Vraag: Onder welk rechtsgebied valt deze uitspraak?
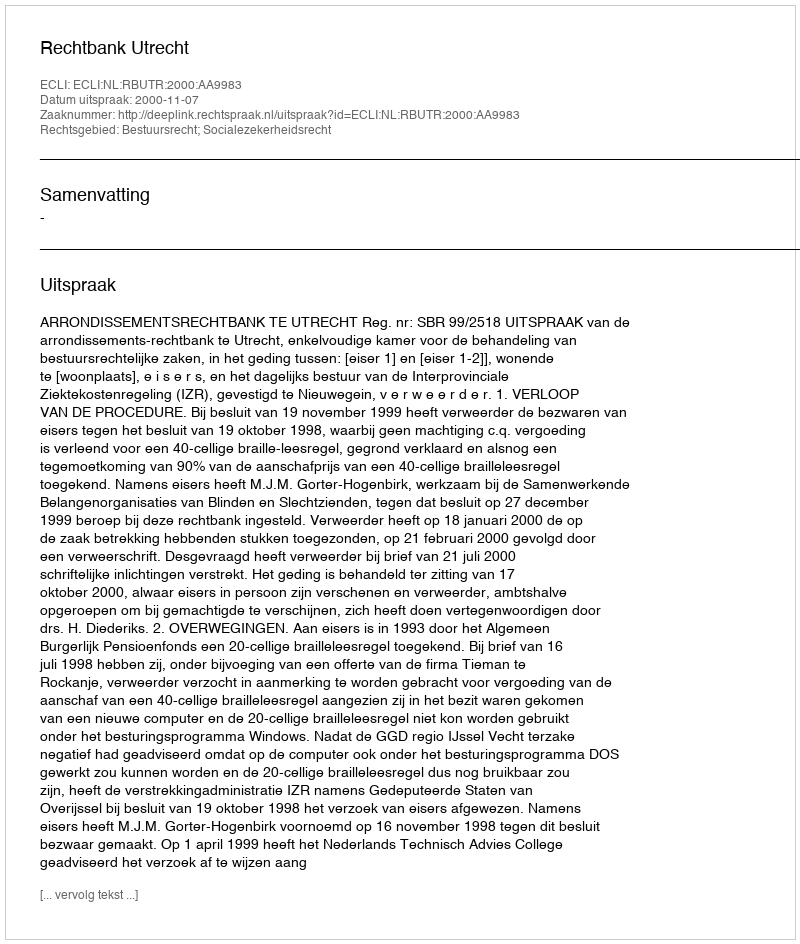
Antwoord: Bestuursrecht; Socialezekerheidsrecht